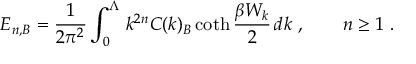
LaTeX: E _ { n , B } = \frac 1 { 2 \pi ^ { 2 } } \int _ { 0 } ^ { \Lambda } \, k ^ { 2 n } C ( k ) _ { B } \coth \frac { \beta W _ { k } } 2 \, d k \ , \qquad n \ge 1 \ .